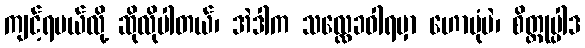
ကျင့်ရမယ်လို့ ဆိုလိုပါတယ်၊ အဲဒါက သလ္လေခဝါရမှာ ဟောပုံပဲ၊ စိတ္တုပ္ပါဒ